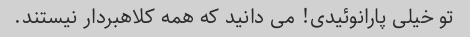
تو خیلی پارانوئیدی! می دانید که همه کلاهبردار نیستند.